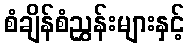
စံချိန်စံညွှန်းများနှင့်